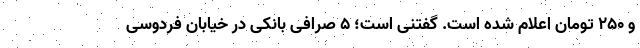
و ۲۵۰ تومان اعلام شده است. گفتنی است؛ ۵ صرافی بانکی در خیابان فردوسی